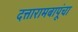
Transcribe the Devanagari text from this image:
दत्तारामबापूंचा